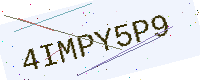
Text: 4IMPY5P9